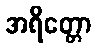
အရိတ္တော